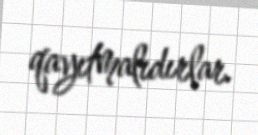
qayıtmalıdırlar.